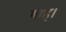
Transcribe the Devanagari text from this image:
बाह।